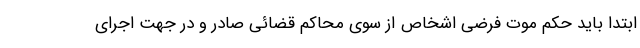
ابتدا باید حکم موت فرضى اشخاص از سوی محاکم قضائی صادر و در جهت اجرای